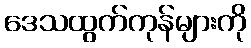
ဒေသထွက်ကုန်များကို